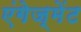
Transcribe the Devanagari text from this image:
एंगेज्मेंट